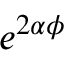
e ^ { 2 \alpha \phi }